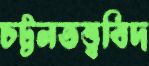
চট্টলতত্ত্ববিদ